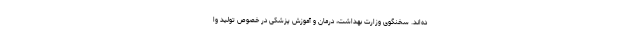
ده‌اند. سخنگوی وزارت بهداشت، درمان و آموزش پزشکی در خصوص تولید وا